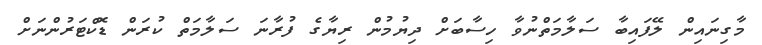
މާގިނައިން ލޭފައިބާ ސަލާމަތްނުވާ ހިސާބަށް ދިޔުމުން ރިޔާގެ ފުރާނަ ސަލާމަތް ކުރަން ޑޮކްޓަރުންނަށް